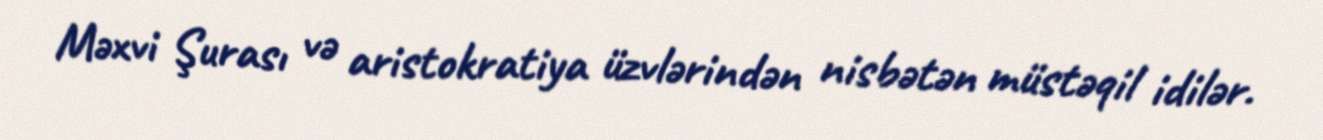
Məxvi Şurası və aristokratiya üzvlərindən nisbətən müstəqil idilər.